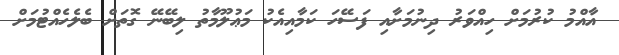
އާއްމު ކުރުމަށް ހިއްވަރު ދިނުމަށާއި ފަސޭހަ ކަމާއިއެކު މަޢުލޫމާތު ލިބޭނޭ ގޮތަށް ބެލެހެއްޓުމަށް